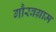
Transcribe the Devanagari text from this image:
गौरवग्राम